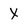
Character: X